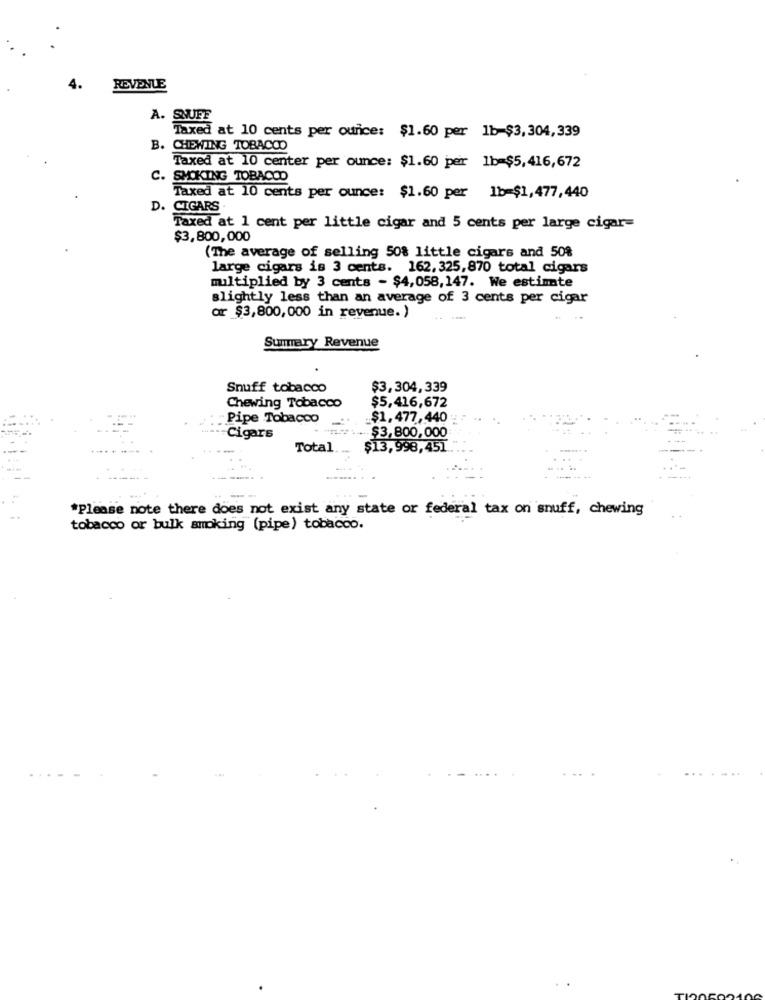
4.
REVENUE
A. SNUFF
Taxed at 10 cents per ounce: $1.60 per 1b-$3,304,339
B. CHEWING TOBACCO
Taxed at 10 center per ounce: $1.60 per 1b=$5,416,672
C. SMOKING TOBACOD
Taxed at 10 cents per ounce: $1.60 per 1b=$1,477,440
D.
CIGARS .
Taxed at 1 cent per little cigar and 5 cents per large cigar=
$3,800,000
(The average of selling 50% little cigars and 50%
large cigars is 3 cents. 162, 325, 870 total cigars
multiplied by 3 cents - $4,058,147. We estimate
slightly less than an average of 3 cents per cigar
or $3,800, 000 in revenue. )
Summary Revenue
Snuff tobacco
$3,304,339
$5,416,672
Chewing Tobacco
Pipe Tobacco
$1,477,440
Cigars
** / ... $3,800,000
Total
$13,998,451
---
....... .
*Please note there does not exist any state or federal tax on snuff, chewing
tobacco or bulk smoking (pipe) tobacco.